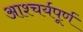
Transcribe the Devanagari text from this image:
आश्चर्यपूर्ण